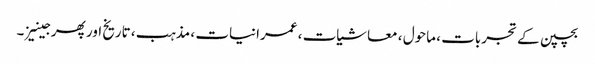
بچپن کے تجربات ، ماحول ، معاشیات ، عمرانیات ، مذہب ، تاریخ اور پھر جینیز ۔